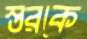
স্তরকে